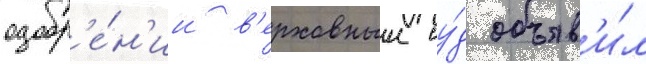
одобр'е́н'ии в'ерховныи су́д объяв'и́л